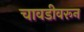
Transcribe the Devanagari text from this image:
चावडीवरून